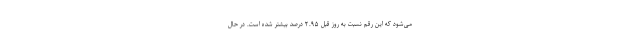
می‌شود که این رقم نسبت به روز قبل ۲.۹۵ درصد بیشتر شده است. در حال